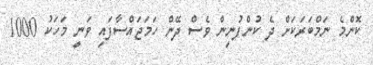
ކޮންމެ ނަމްބަރަކަށް ދެ ކުންފުނިން ވެސް ދޭން ހަމަޖައްސާފައި ވަނީ މަހަކު 1000